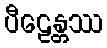
ပီဠေန္တဿ